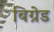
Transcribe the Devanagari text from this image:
बिग्रेड